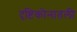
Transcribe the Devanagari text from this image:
दृष्टिकोनातली